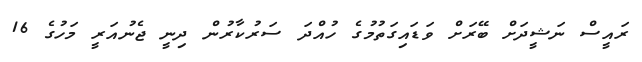
ރައީސް ނަޝީދަށް ބޭރަށް ވަޑައިގަތުމުގެ ހުއްދަ ސަރުކާރުން ދިނީ ޖެނުއަރީ މަހުގެ 16